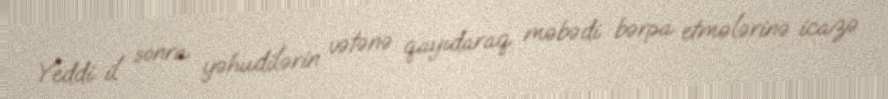
Yeddi il sonra yəhudilərin vətənə qayıdaraq məbədi bərpa etmələrinə icazə